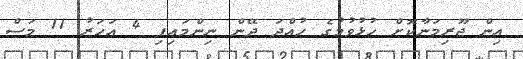
އިން ޖޫރިމަނާކޮށް ހުޅުވުމުގެ ހުއްދަ ދޭން ނިންމައިފި 4 އަހަރު 11 މަސް